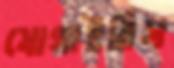
যোগাইতিস